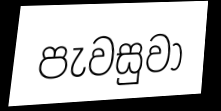
පැවසුවා